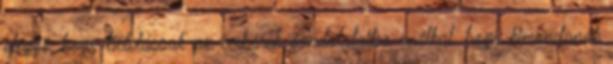
eléggé, hogy belelássak az emberek gondolataiba anélkül, hogy kimondanák